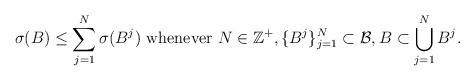
LaTeX: \begin{align*}\sigma(B)\leq \sum_{j=1}^N \sigma(B^j) \mbox{ whenever } N\in \mathbb{Z}^+, \{B^j\}_{j=1}^N \subset \mathcal{B}, B \subset \bigcup_{j=1}^N B^j. \end{align*}